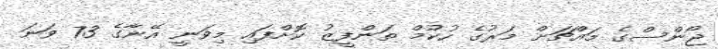
ޖޯންސްގެ މައްޗަށް މަރުގެ ހުކުމް ތަންފީޒު ކޮށްފައި މިވަނީ އޭނާގެ 73 ވަނަ